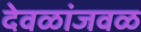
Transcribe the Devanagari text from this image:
देवळांजवळ